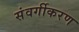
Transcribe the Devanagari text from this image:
संवर्गीकरण